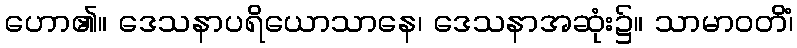
ဟော၏။ ဒေသနာပရိယောသာနေ၊ ဒေသနာအဆုံး၌။ သာမာဝတိံ၊